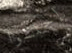
إجلسوا